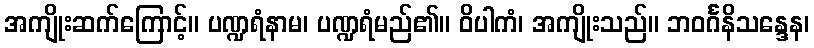
အကျိုးဆက်ကြောင့်။ ပဏ္ဍရံနာမ၊ ပဏ္ဍရံမည်၏။ ဝိပါကံ၊ အကျိုးသည်။ ဘဝင်္ဂနိသန္ဒေန၊